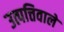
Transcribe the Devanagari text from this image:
उत्पत्तिवाले